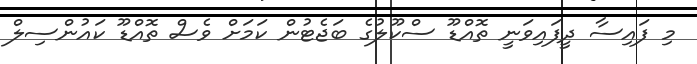
މި ފައިސާ ދީފައިވަނީ ތޮއްޑޫ ސްކޫލުގެ ބަޖެޓުން ކަމަށް ވެސް ތޮއްޑޫ ކައުންސިލް